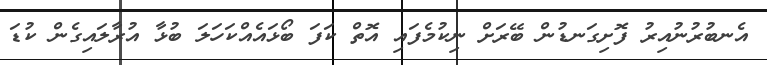
އެނބުރުނުއިރު ފޮށިގަނޑުން ބޭރަށް ނިކުމެފައި އޮތް ކަފަ ބޯޅައެއްކަހަލަ ބުޅާ އުރާލައިގެން ކުޑަ